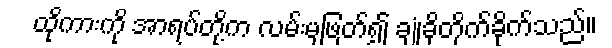
ထိုကားကို အာရပ်တို့က လမ်းမှဖြတ်၍ ချုံခိုတိုက်ခိုက်သည်။